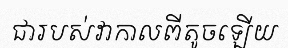
ជារបស់វាកាលពីតូចឡើយ